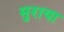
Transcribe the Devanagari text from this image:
मुराया